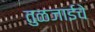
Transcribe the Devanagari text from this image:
तुळजाईचे